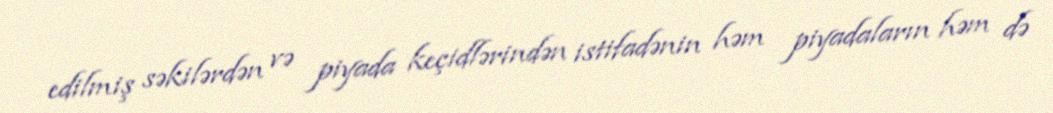
edilmiş səkilərdən və piyada keçidlərindən istifadənin həm piyadaların həm də